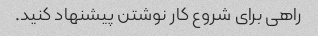
راهی برای شروع کار نوشتن پیشنهاد کنید.